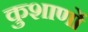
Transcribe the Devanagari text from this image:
कुशाणों